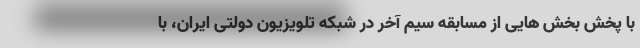
با پخش بخش هایی از مسابقه سیم آخر در شبکه تلویزیون دولتی ایران، با